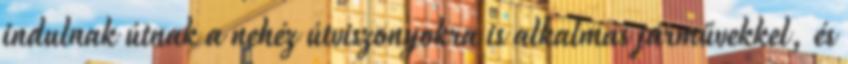
indulnak útnak a nehéz útviszonyokra is alkalmas járművekkel, és